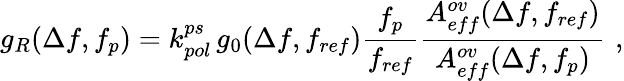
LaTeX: g_{R}(\Delta f,f_{p})=k_{pol}^{ps}\, g_{0}(\Delta f,f_{ref})\frac{f_{p}}{f_{ref}}\frac{A_{eff}^{ov}(\Delta f,f_{ref})}{A_{eff}^{ov}(\Delta f,f_{p})}\, \, ,